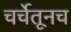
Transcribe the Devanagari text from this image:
चर्चेतूनच